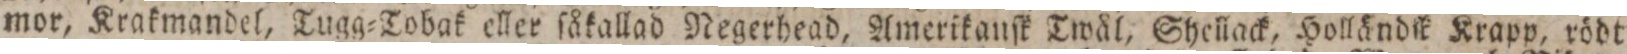
mor, Krakmandel, Tugg=Tobak eller ſåkallad Negerhead, Amerikanſk Twål, Shellack, Holländſk Krapp, rödt